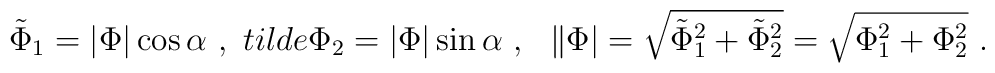
\tilde{\Phi}_1 = |\Phi| \cos\alpha \ , \ \ \\tilde{\Phi}_2 = |\Phi| \sin\alpha \ , \ \ \|\Phi|  = \sqrt{\tilde{\Phi}_1^2+\tilde{\Phi}_2^2} =\sqrt{\Phi_1^2+\Phi_2^2} \ .